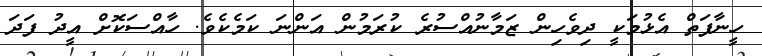
ހީނާފަތް އެޅުމަކީ ދިވެހިން ޒަމާނުއްސުރެ ކުރަމުން އަންނަ ކަމެކެވެ. ހާއްސަކޮށް އީދު ފަދަ